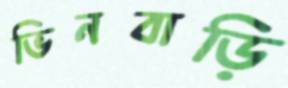
ভিনবাড়ি